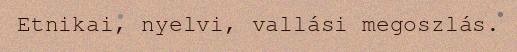
Etnikai, nyelvi, vallási megoszlás.